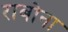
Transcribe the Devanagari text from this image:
राबोना